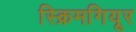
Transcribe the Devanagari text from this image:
स्क्रिमगियूर